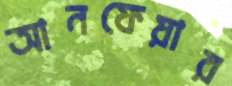
আনফেয়ার